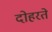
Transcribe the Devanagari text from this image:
दोहरते